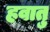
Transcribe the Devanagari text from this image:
हवातु